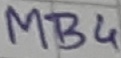
Text: MB4